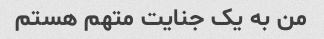
من به یک جنایت متهم هستم